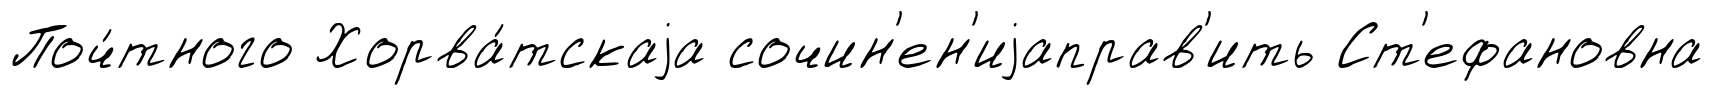
Поч́тного Хорва́тскаjа сочин'ен'иjаправ'ить Ст'ефановна